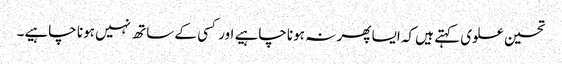
تحسین علوی کہتے ہیں کہ ایسا پھر نہ ہونا چاہیے اور کسی کے ساتھ نہیں ہونا چاہیے۔